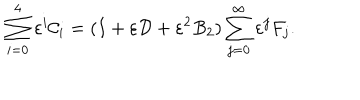
\sum _ { i = 0 } ^ { 4 } \varepsilon ^ { i } { \cal C } _ { i } = ( I + \varepsilon { \cal D } + \varepsilon ^ { 2 } B _ { 2 } ) \sum _ { j = 0 } ^ { \infty } \varepsilon ^ { j } F _ { j } .